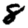
Digit: 8